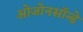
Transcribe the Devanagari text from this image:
ओजोनसॉन्‍डे